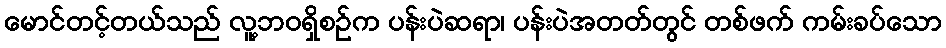
မောင်တင့်တယ်သည် လူ့ဘဝရှိစဉ်က ပန်းပဲဆရာ၊ ပန်းပဲအတတ်တွင် တစ်ဖက် ကမ်းခပ်သော